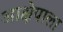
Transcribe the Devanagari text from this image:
आक्षेपाला